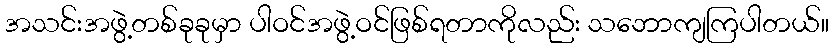
အသင်းအဖွဲ့တစ်ခုခုမှာ ပါဝင်အဖွဲ့ဝင်ဖြစ်ရတာကိုလည်း သဘောကျကြပါတယ်။